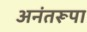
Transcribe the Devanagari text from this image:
अनंतरूपा